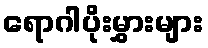
ရောဂါပိုးမွှားများ